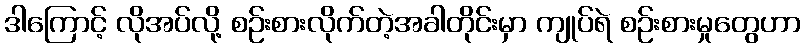
ဒါကြောင့် လိုအပ်လို့ စဉ်းစားလိုက်တဲ့အခါတိုင်းမှာ ကျုပ်ရဲ စဉ်းစားမှုတွေဟာ